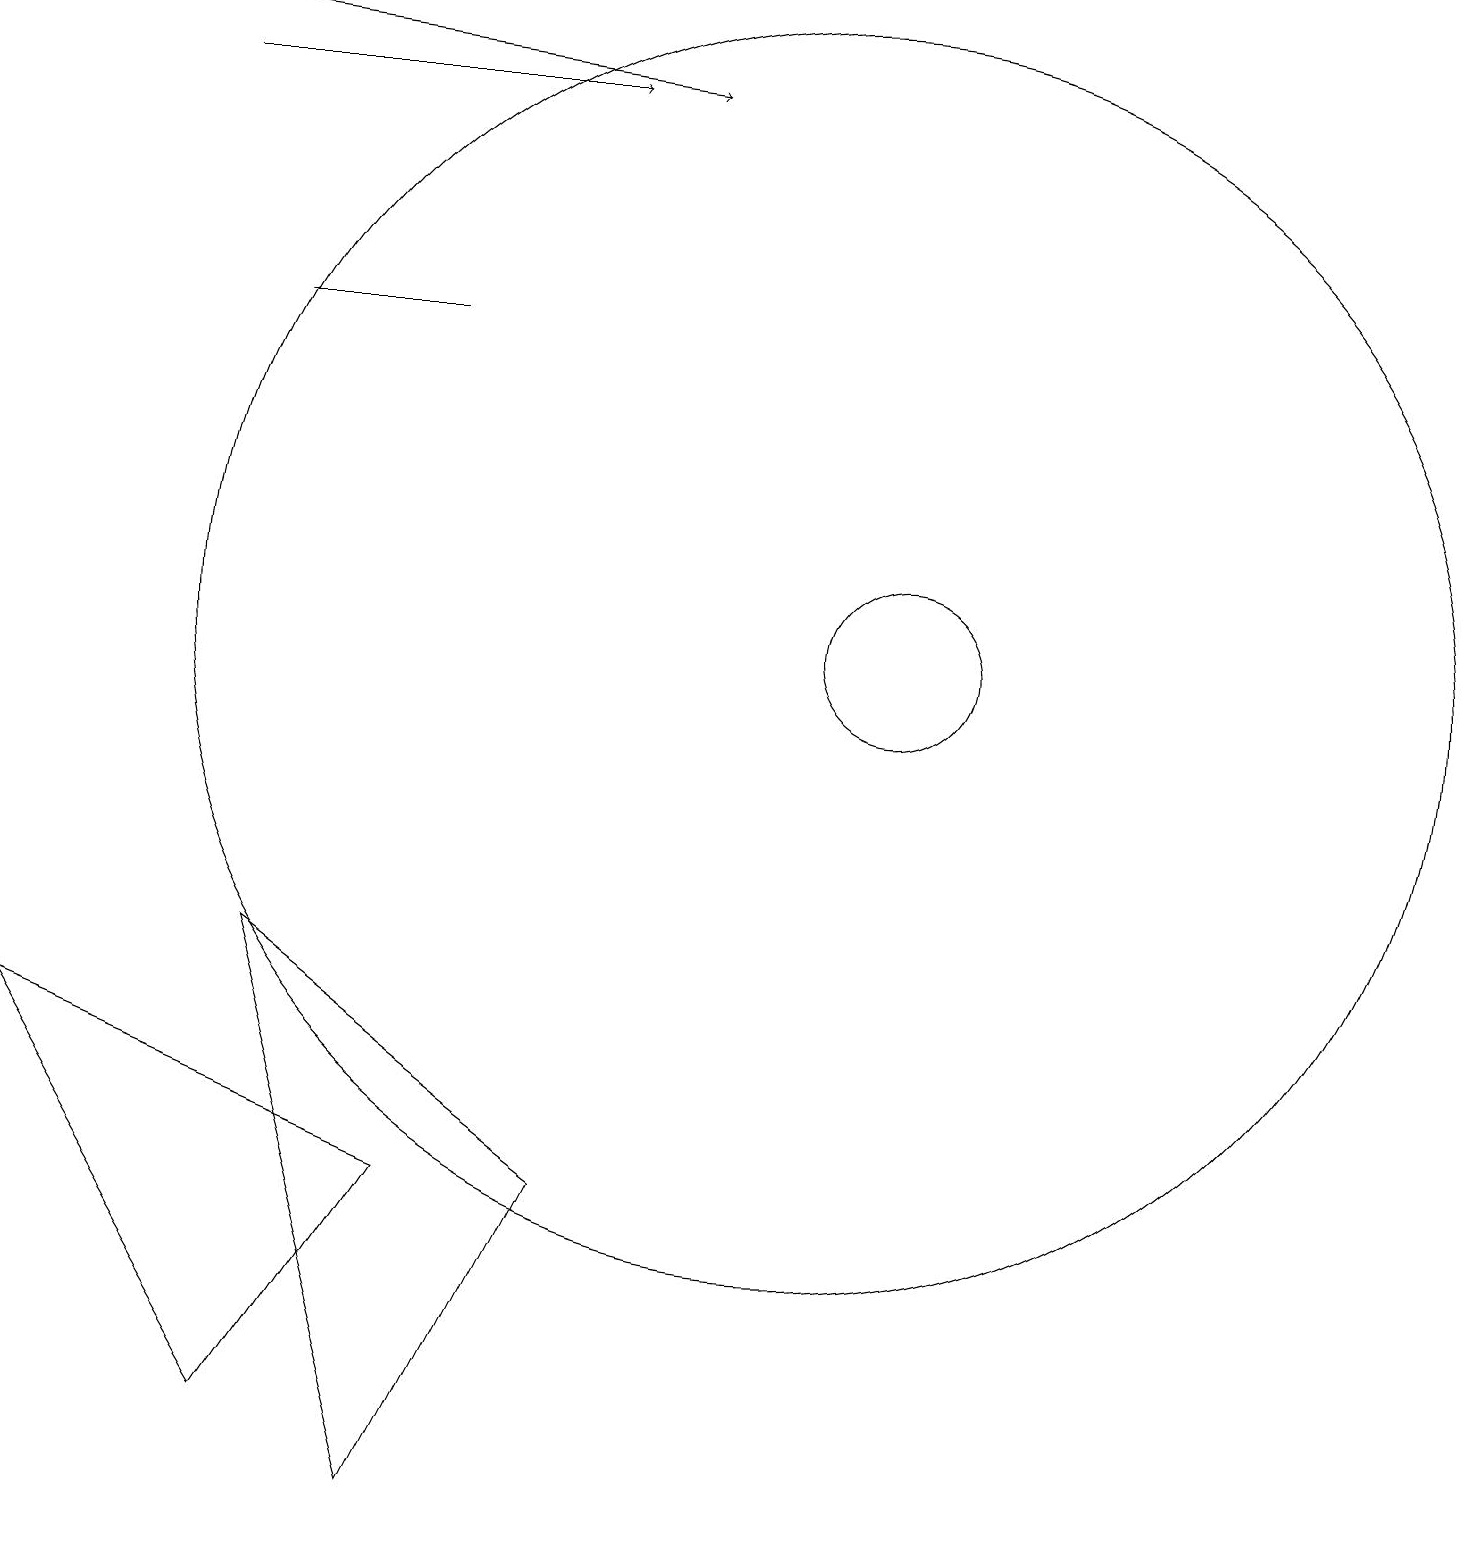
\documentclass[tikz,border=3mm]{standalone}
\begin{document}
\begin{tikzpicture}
\draw (3,7) -- (5,0) -- (7,4) -- cycle;
\draw (3,1) -- (5,4) -- (0,6) -- cycle;
\draw[->] (2,18) -- (7,18);
\draw (5,15) rectangle (3,15);
\draw[->] (0,19) -- (8,18);
\draw (10,11) circle (8);
\draw (11,11) circle (1);
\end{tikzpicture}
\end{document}